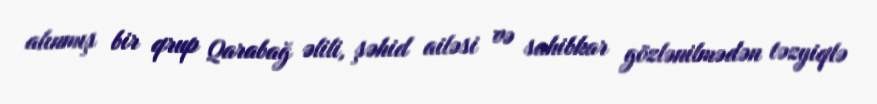
alınmış bir qrup Qarabağ əlili, şəhid ailəsi və sahibkar gözlənilmədən təzyiqlə